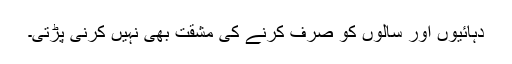
دہائیوں اور سالوں کو صرف کرنے کی مشقت بھی نہیں کرنی پڑتی۔